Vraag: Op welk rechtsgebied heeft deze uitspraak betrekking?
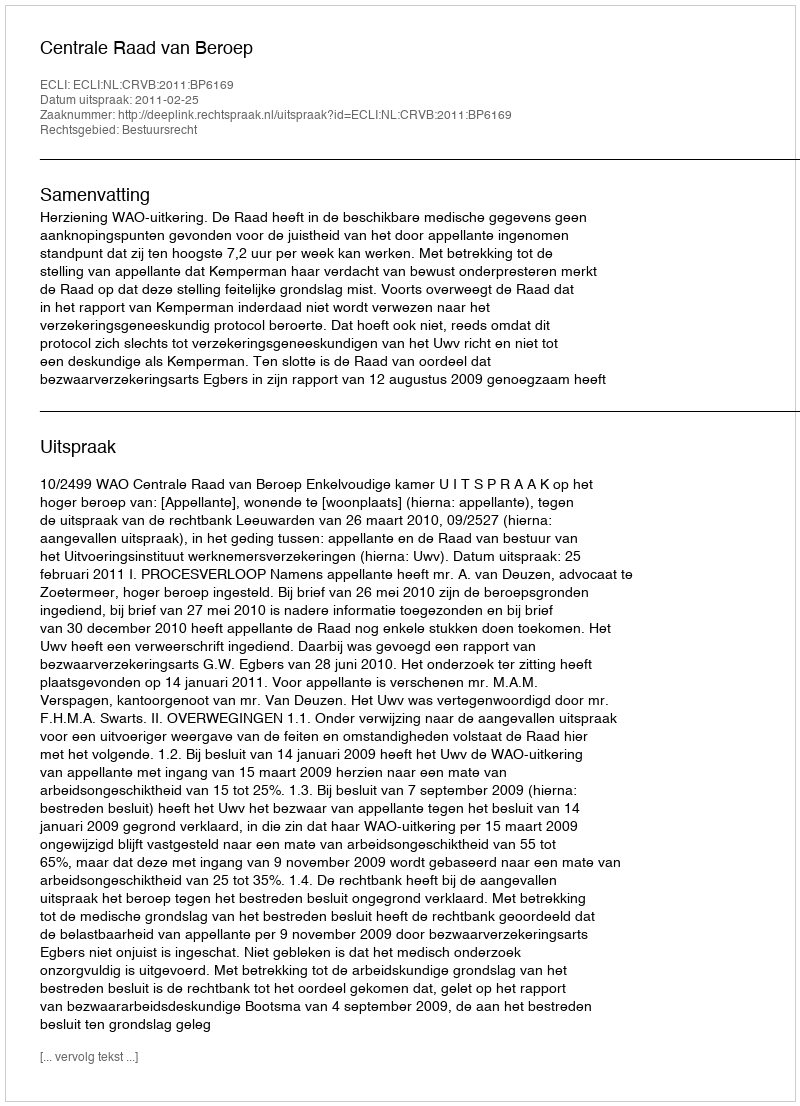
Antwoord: Bestuursrecht